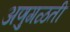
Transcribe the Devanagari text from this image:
अणुगळती